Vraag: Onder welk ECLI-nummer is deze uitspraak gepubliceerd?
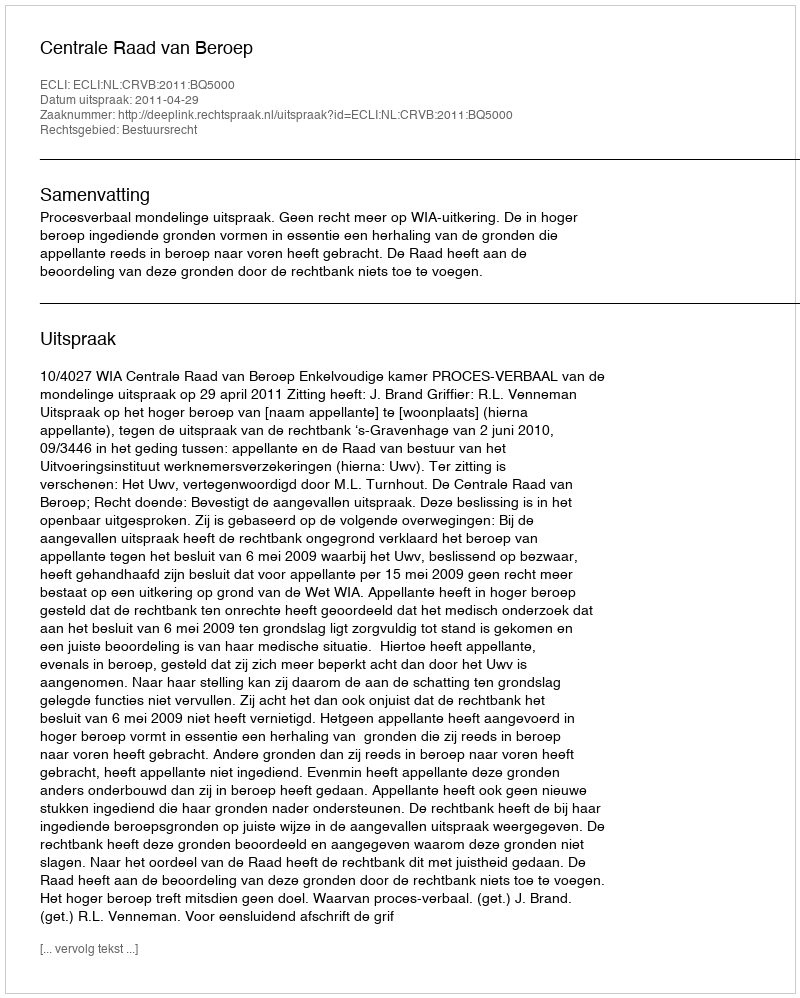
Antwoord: ECLI:NL:CRVB:2011:BQ5000